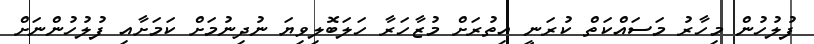
ފުލުހުން މިހާރު މަސައްކަތް ކުރަނީ އިތުރަށް މުޒާހަރާ ހަލަބޮލިވިޔަ ނުދިނުމަށް ކަމަށާއި ފުލުހުންނަށް